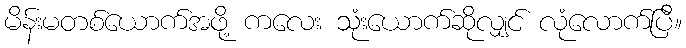
မိန်းမတစ်ယောက်အဖို့ ကလေး သုံးယောက်ဆိုလျှင် လုံလောက်ပြီ။